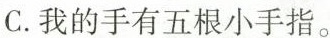
C.我的手有五根小手指.